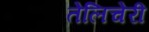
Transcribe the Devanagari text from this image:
तेलिचेरी